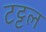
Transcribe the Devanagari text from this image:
टट्टल